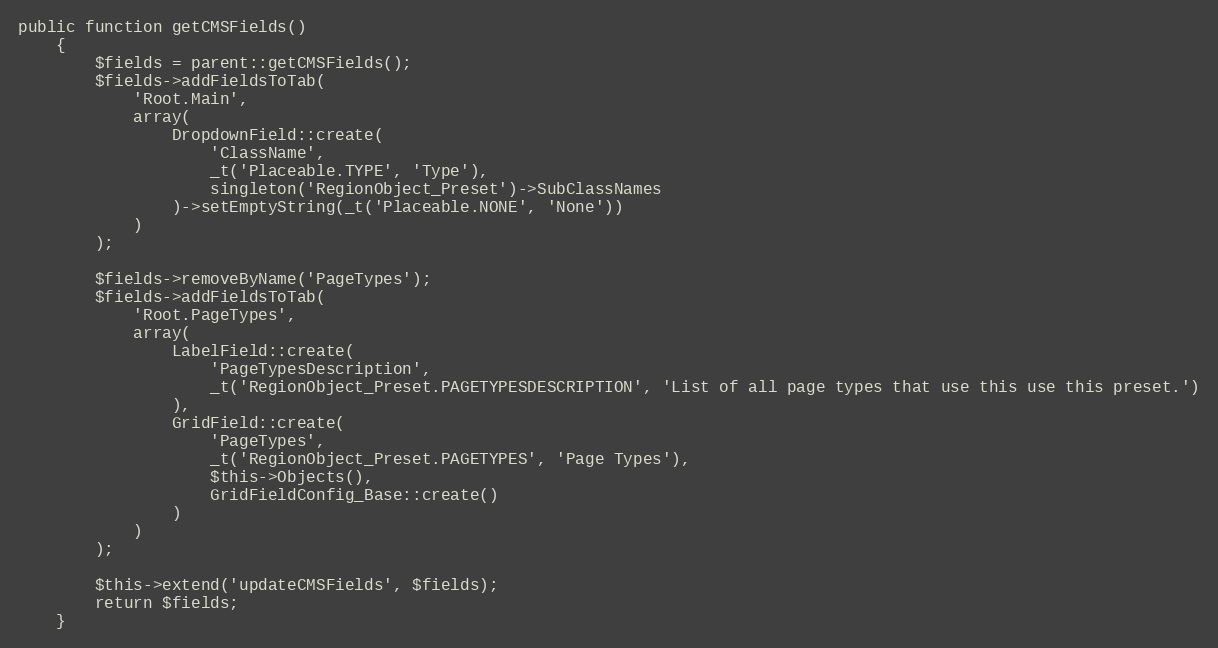
Language: PHP
public function getCMSFields()
    {
        $fields = parent::getCMSFields();
        $fields->addFieldsToTab(
            'Root.Main',
            array(
                DropdownField::create(
                    'ClassName',
                    _t('Placeable.TYPE', 'Type'),
                    singleton('RegionObject_Preset')->SubClassNames
                )->setEmptyString(_t('Placeable.NONE', 'None'))
            )
        );

        $fields->removeByName('PageTypes');
        $fields->addFieldsToTab(
            'Root.PageTypes',
            array(
                LabelField::create(
                    'PageTypesDescription',
                    _t('RegionObject_Preset.PAGETYPESDESCRIPTION', 'List of all page types that use this use this preset.')
                ),
                GridField::create(
                    'PageTypes',
                    _t('RegionObject_Preset.PAGETYPES', 'Page Types'),
                    $this->Objects(),
                    GridFieldConfig_Base::create()
                )
            )
        );

        $this->extend('updateCMSFields', $fields);
        return $fields;
    }